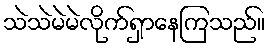
သဲသဲမဲမဲလိုက်ရှာနေကြသည်။